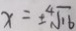
x = \pm \sqrt [ 4 ] { 1 6 }